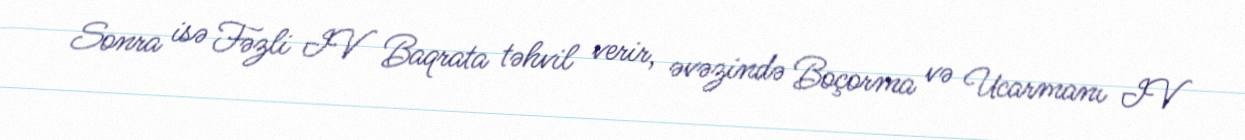
Sonra isə Fəzli IV Baqrata təhvil verir, əvəzində Boçorma və Ucarmanı IV